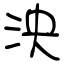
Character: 泱